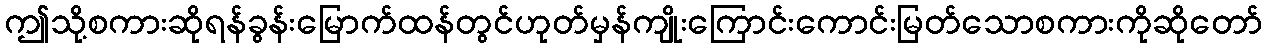
ဤသို့စကားဆိုရန်ခွန်းမြောက်ထန်တွင်ဟုတ်မှန်ကျိုးကြောင်းကောင်းမြတ်သောစကားကိုဆိုတော်